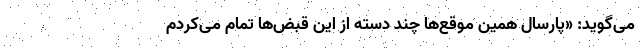
می‌گوید: «پارسال همین موقع‌ها چند دسته از این قبض‌ها تمام می‌کردم